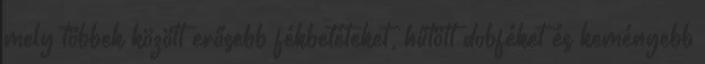
mely többek között erősebb fékbetéteket, hűtött dobféket és keményebb